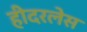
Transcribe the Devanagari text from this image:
हीदरलेस